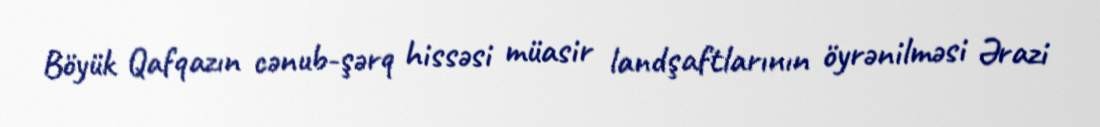
Böyük Qafqazın cənub-şərq hissəsi müasir landşaftlarının öyrənilməsi Ərazi